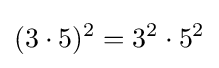
(3\cdot 5)^{2}=3^{2}\cdot 5^{2}